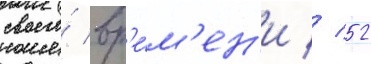
своего́ вр'е́м'ен'и // 52